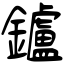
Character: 鑪